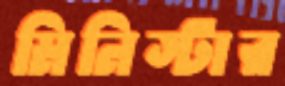
মিনিস্টার